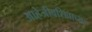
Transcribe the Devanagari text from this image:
आहेजीवशिवाच्या